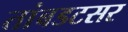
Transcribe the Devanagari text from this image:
तांबडटसर